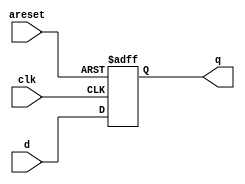
module top_module (
    input clk,
    input areset,   // active high asynchronous reset
    input [7:0] d,
    output [7:0] q
);

    always @(posedge clk or posedge areset) begin
        if (areset) begin
           	q <= '0; 
        end else begin
           q <= d; 
        end
    end
    
endmodule